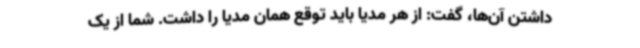
داشتن آن‌ها، گفت: از هر مدیا باید توقع همان مدیا را داشت. شما از یک